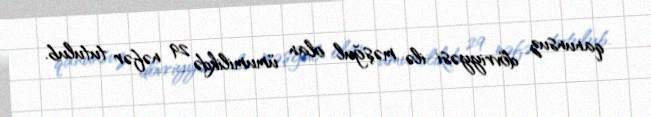
qanunsuz dövriyyəsi ilə məşğul olan ümumilikdə 29 nəfər tutulub.